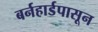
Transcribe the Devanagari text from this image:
बर्नहार्डपासून